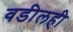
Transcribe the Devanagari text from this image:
वडीलही